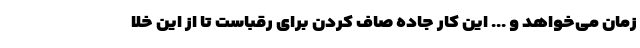
زمان می‌خواهد و ... این کار جاده صاف کردن برای رقباست تا از این خلا